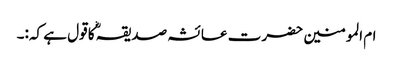
ام المومنین حضرت عائشہ صدیقہؓ کا قول ہے کہ:۔